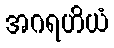
အဂရဟိယံ